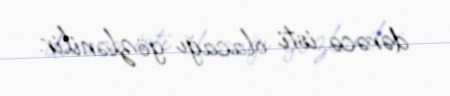
dərəcə isti olacağı gözlənilir.